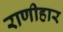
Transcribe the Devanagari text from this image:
राणीहार